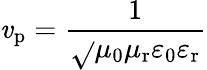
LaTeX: \mathit{v}_{\mathrm{{p}}}={\frac{{1}}{{\sqrt{}{{\mu_{0}\mu_{\mathrm{{r}}}\varepsilon_{0}\varepsilon_{\mathrm{{r}}}}}}}}